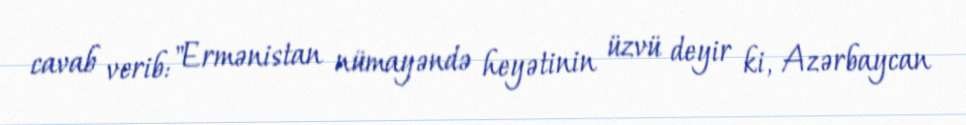
cavab verib: "Ermənistan nümayəndə heyətinin üzvü deyir ki, Azərbaycan